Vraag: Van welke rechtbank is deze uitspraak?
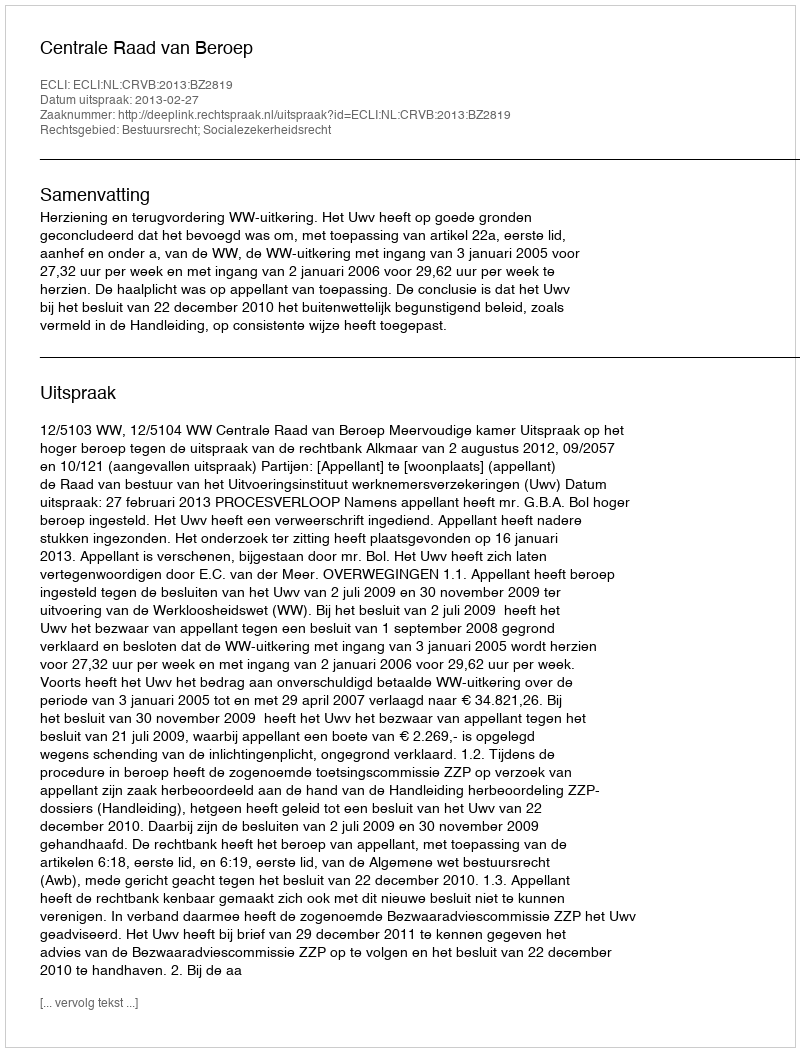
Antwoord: Centrale Raad van Beroep